Vabadussoja_Ajaloo_Komitee, lk 67
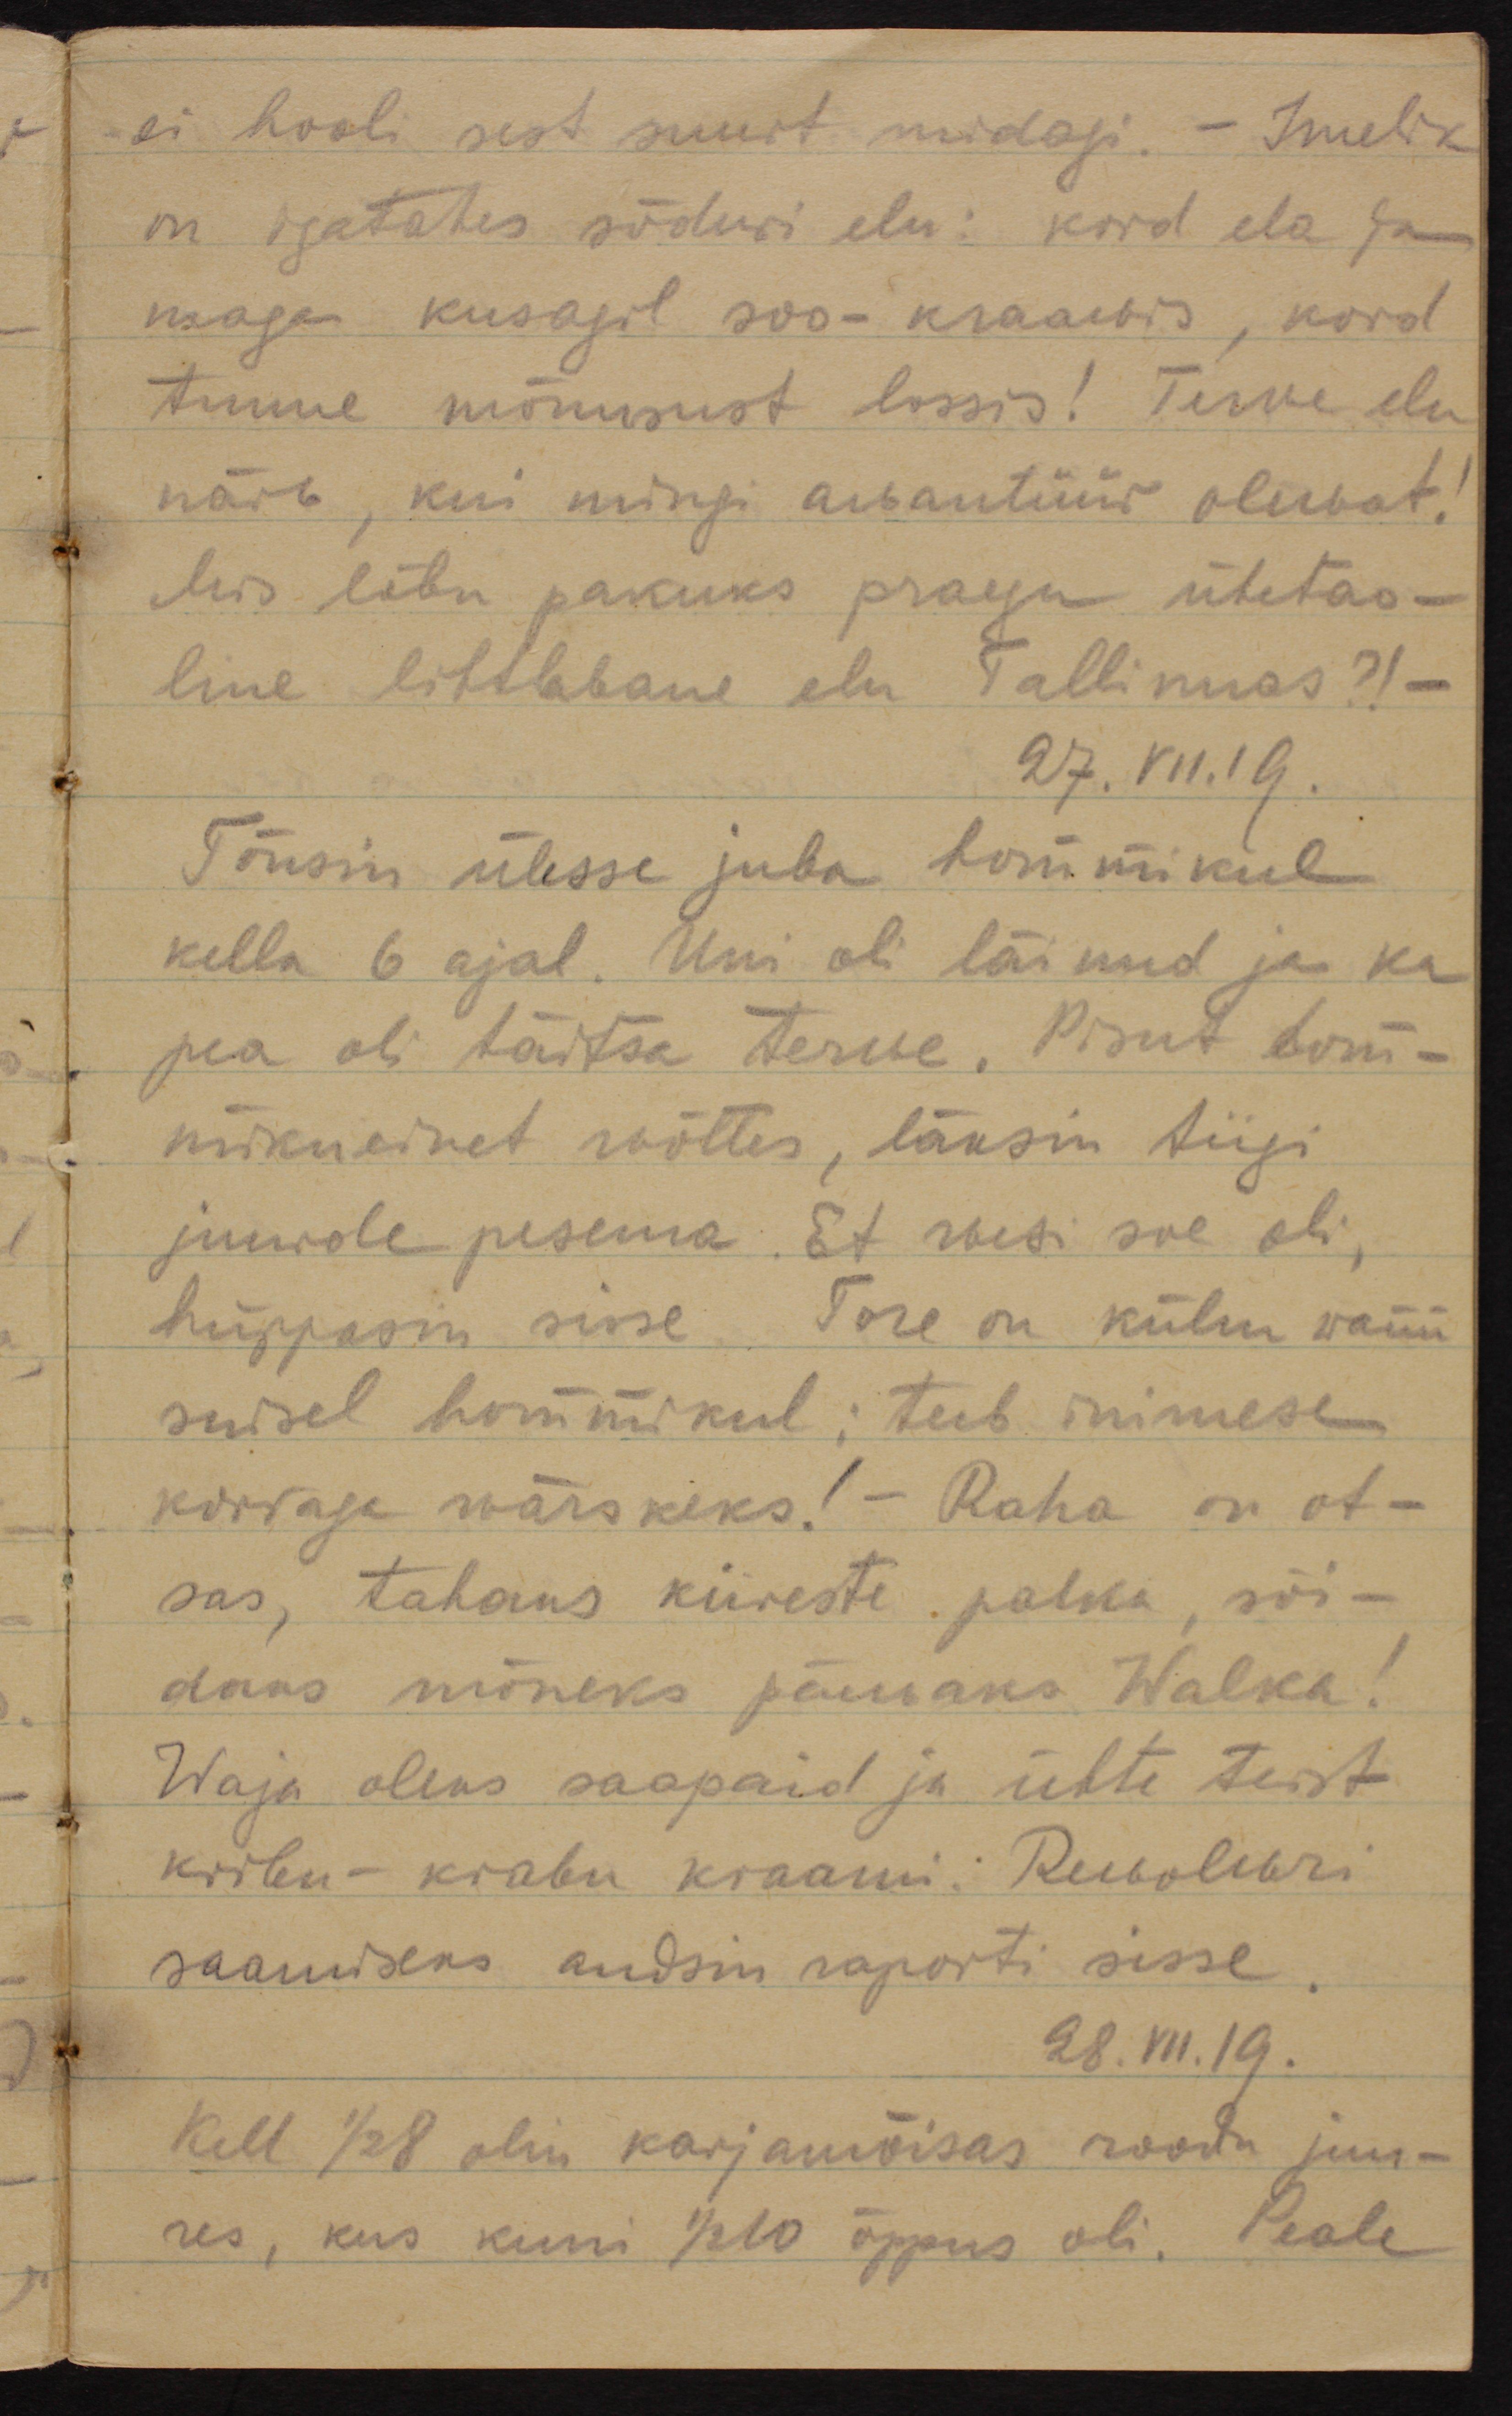
ei hooli sest suurt midagi. - Imelik 
on igatahes sõduri elu: kord ela ja
maga kusagil soo-kraawis, kord
tunne mõnusust lossis! Terwe elu
näib, kui mingi awantüür olewat!
Mis lõbu pakuks praegu ühetao-
line lihtlabane elu Tallinnas?! -
27.VII.19.
Tõusin ülesse juba hommikul
kella 6 ajal. Uni oli läinud ja ka 
pea oli täitsa terwe. Pisut hom-
mikueinet wõttes, läksin tiigi
juurde pesema. Et wesi soe oli, 
hüppasin sisse. Tore on külm wann
suisel hommikul: teeb inimese
korraga wärskeks! - Raha on ot-
sas, tahaks kiireste palka, sõi-
daks mõneks päewaks Walka!
Waja oleks saapaid ja ühte teist
kribu-krabu kraami: Rewolwri 
saamiseks andsin raporti sisse.
28.VII.19
Kell 1/2 8 olin karjamõisas roodu juu-
res, kus kuni 1/2 10 õppus oli. Peale